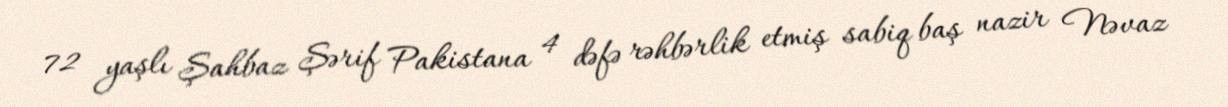
72 yaşlı Şahbaz Şərif Pakistana 4 dəfə rəhbərlik etmiş sabiq baş nazir Nəvaz